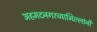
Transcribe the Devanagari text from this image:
अहमदनगरच्याभिल्लांनी